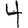
Digit: 4